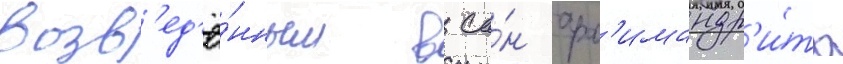
возв'ед'ё́нным в са́н арх'имандр'и́та